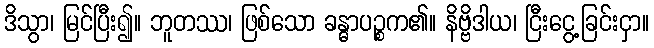
ဒိသွာ၊ မြင်ပြီး၍။ ဘူတဿ၊ ဖြစ်သော ခန္ဓာပဉ္စက၏။ နိဗ္ဗိဒါယ၊ ငြီးငွေ့ခြင်းငှာ။